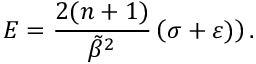
E = \frac { 2 ( n + 1 ) } { \tilde { \beta } ^ { 2 } } \left( \sigma + \varepsilon ) \right) .